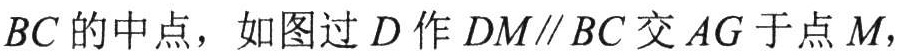
$BC的中点，如图过D作DM\parallel BC交AG于点M,$